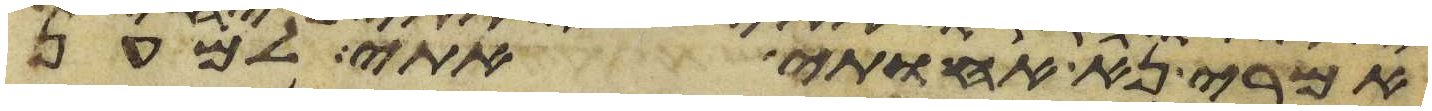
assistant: אמרי נא אחותי אתי למען